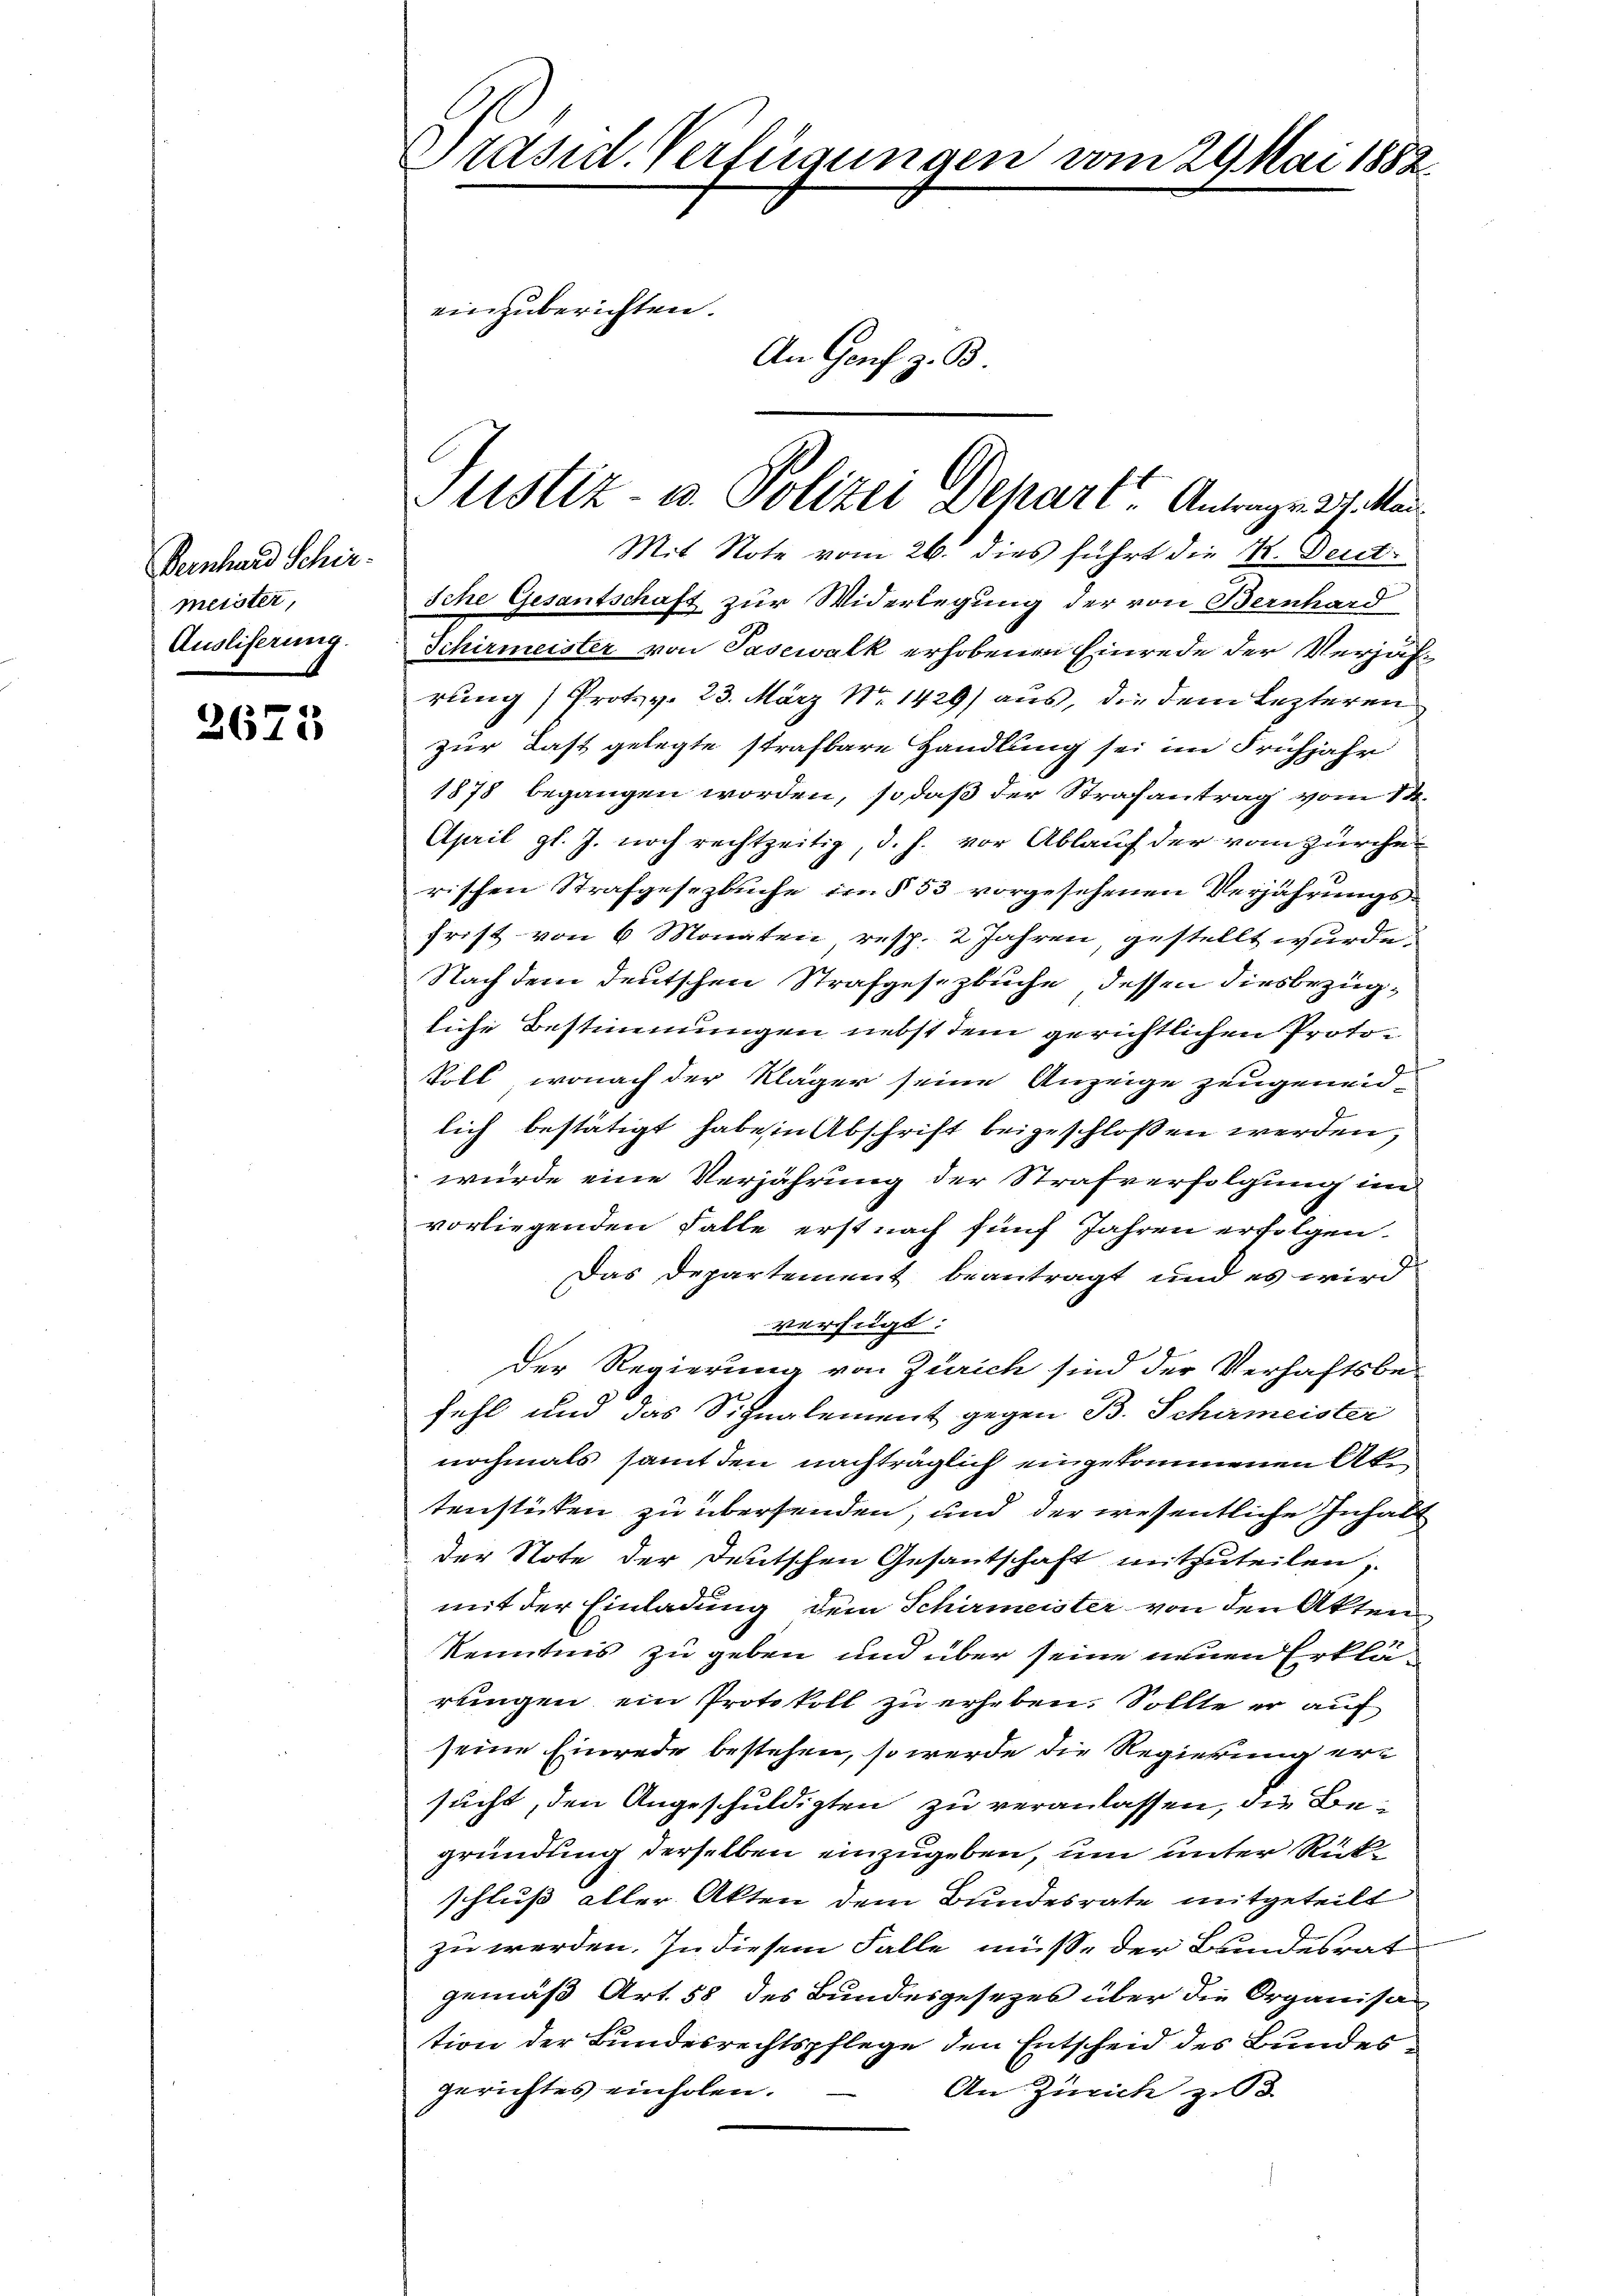
Pernhard Schirmeister,
Ausliserung.

2675

Präsid. Verfügungen vom 29 Mai 1882.
einzuberichten.
An Genf z. B.

tistiz- u. Polizei Depart. Antrage 37. Man

Mit Note vom 26. dies führt die K. Deut¬
Iche Gesantschaft zur Widerlegung der von Bernhard
Schirmeister von Pasewalk erhobenen Einrede der Verjährung / Prot. v. 23. März Nr 1429) aus, die dem lezteren
zur Last gelegte strafbare Handlung sei im Frühjahr
1878 begangen worden, so daß der Strafantrag vom 14.
April gl. J. noch rechtzeitig, d. h. vor Ablauf der vom zürcherischen Strafgesezbuche im § 53 vorgesehenen Verjährungsfrist von 6 Monaten, resp. 2 Jahren, gestellt wurde.
Nach dem deutschen Strafgesetzbuche, dessen diesbezügliche Bestimmungen nebst dem gerichtlichen Proto¬
Voll, wonach der Kläger seine Anzeige zeugeneidlich bestätigt habe in Abschrift beigeschlossen werden,
wurde eine Verjährung der Strafverfolgung im
vorliegenden Falle erst nach fünf Jahren erfolgen.
Das Departement beantragt und es wird
verfügt.
der Regierung von Zürich sind der Verhaftsbefehl und das Signalement gegen B. Schirmeister
nochmals samt den nachträglich eingekommenen Ake
tenstücken zu übersenden, und der wesentliche Inhalt
der Note der Deutschen Gesantschaft mitzuteilen,
mit der Einladung dem Schirmeister von den Akten
Kenntnis zu geben und über seine neuen Erklärungen ein Protokoll zu erheben. Sollte er auf
seine Einrede bestehen, so werde die Regierung ersucht, den Angeschuldigten zu veranlassen, die Begründung derselben einzugeben, um unter Rückschluß aller Akten dem Bundesrate mitgeteilt
zu werden. In diesem Falle müße der Bundesrat
gemäß Art. 58 des Bundesgesezes über die Organisa
tion der Bundesrechtspflege den Entscheid des Bundesgerichtes einholen.
An Zürich zu